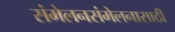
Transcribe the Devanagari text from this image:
संमेलनसंमेलनासाठी